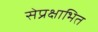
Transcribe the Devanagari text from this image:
सेप्रक्षाभित